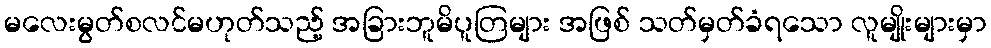
မလေးမွတ်စလင်မဟုတ်သည့် အခြားဘူမိပူတြများ အဖြစ် သတ်မှတ်ခံရသော လူမျိုးများမှာ